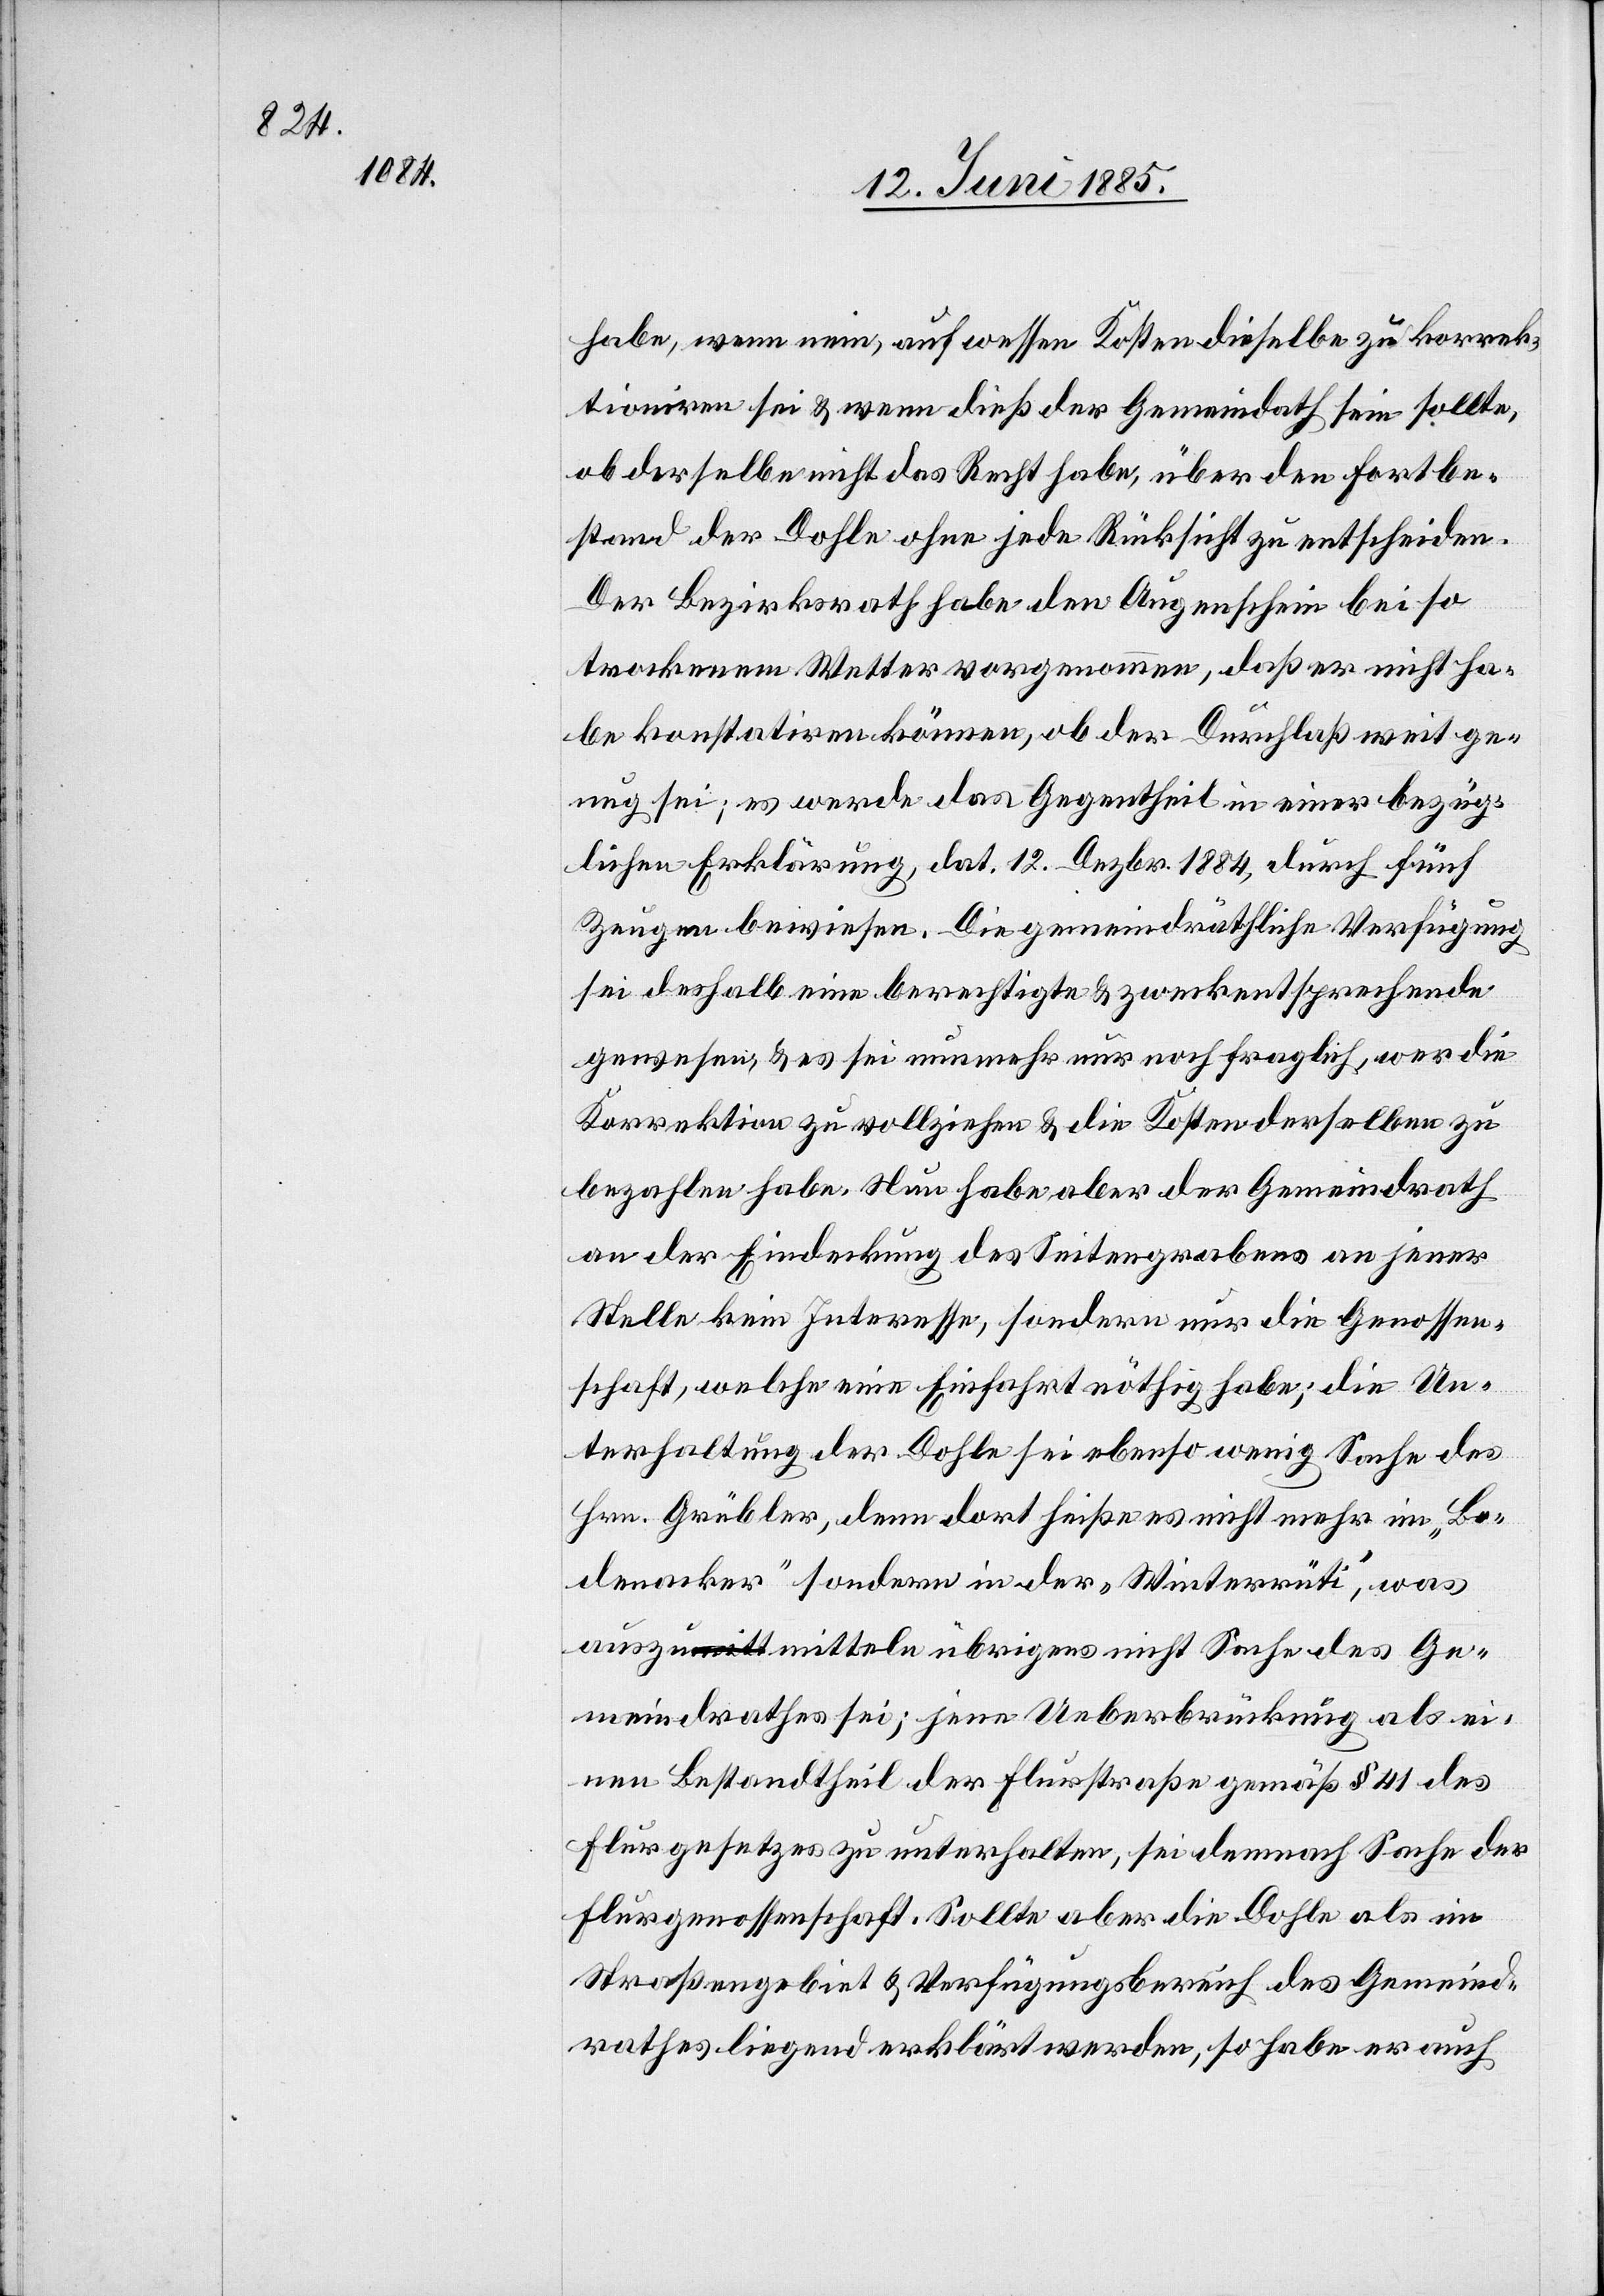
habe, wenn nein, auf wessen Kosten dieselbe zu korrek¬
tioniren sei & wenn dieß der Gemeindrath sein sollte,
ob derselbe nicht das Recht habe, über den Fortbe¬
stand der Dohle ohne jede Rücksicht zu entscheiden.
Der Bezirksrath habe den Augenschein bei so
trockenem Wetter vorgenommen, daß er nicht ha¬
be konstatiren können, ob der Durchlaß weit gen¬
ug sei; es werde das Gegentheil in einer bezüg¬
lichen Erklärung, dat. 12. Dezbr. 1884, durch fünf
Zeugen bewiesen. Die gemeindräthliche Verfügung
sei deshalb eine berechtigte & zweckentsprechende
gewesen, & es sei nunmehr nur noch fraglich, wer die
Korrektion zu vollziehen & die Kosten derselben zu
bezahlen habe. Nun habe aber der Gemeindrath
an der Eindeckung des Seitengrabens an jener
Stelle kein Interesse, sondern nur die Genossen¬
schaft, welche eine Einfahrt nöthig habe; die Un¬
terhaltung der Dohle sei ebenso wenig Sache des
Hrn. Grübler, denn dort heiße es nicht mehr im „Bo¬
denacker“ sondern in der „Winterrüti“, was
auszumitteln übrigens nicht Sache des Ge¬
meindrathes sei; jene Ueberbrückung als ei¬
nen Bestandtheil der Flurstraße gemäß § 41 des
Flurgesetzes zu unterhalten, sei demnach Sache der
Flurgenossenschaft. Sollte aber die Dohle als im
Straßengebiet & Verfügungsbereich des Gemeind¬
rathes liegend erklärt werden, so habe er auch